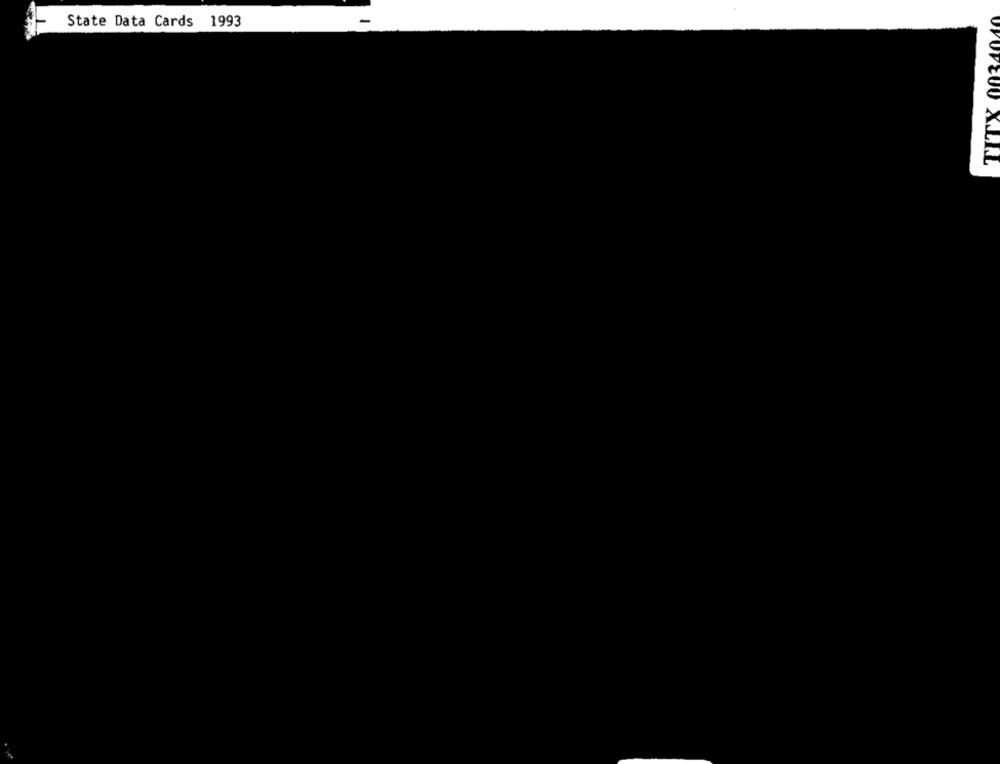
State Data Cards 1993
-
UYUPEUO X.LI.L